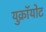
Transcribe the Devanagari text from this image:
युक्रॉयोट